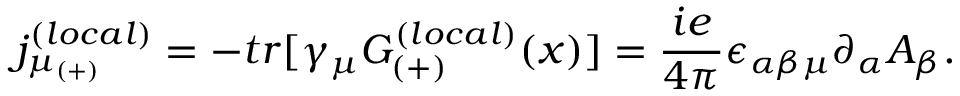
{ j _ { \mu _ { ( + ) } } ^ { ( l o c a l ) } } = - t r [ \gamma _ { \mu } G _ { ( + ) } ^ { ( l o c a l ) } ( x ) ] = \frac { i e } { 4 \pi } \epsilon _ { \alpha \beta \mu } \partial _ { \alpha } A _ { \beta } .